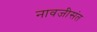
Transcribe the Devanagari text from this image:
नावजीसंत